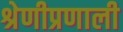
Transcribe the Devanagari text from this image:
श्रेणीप्रणाली